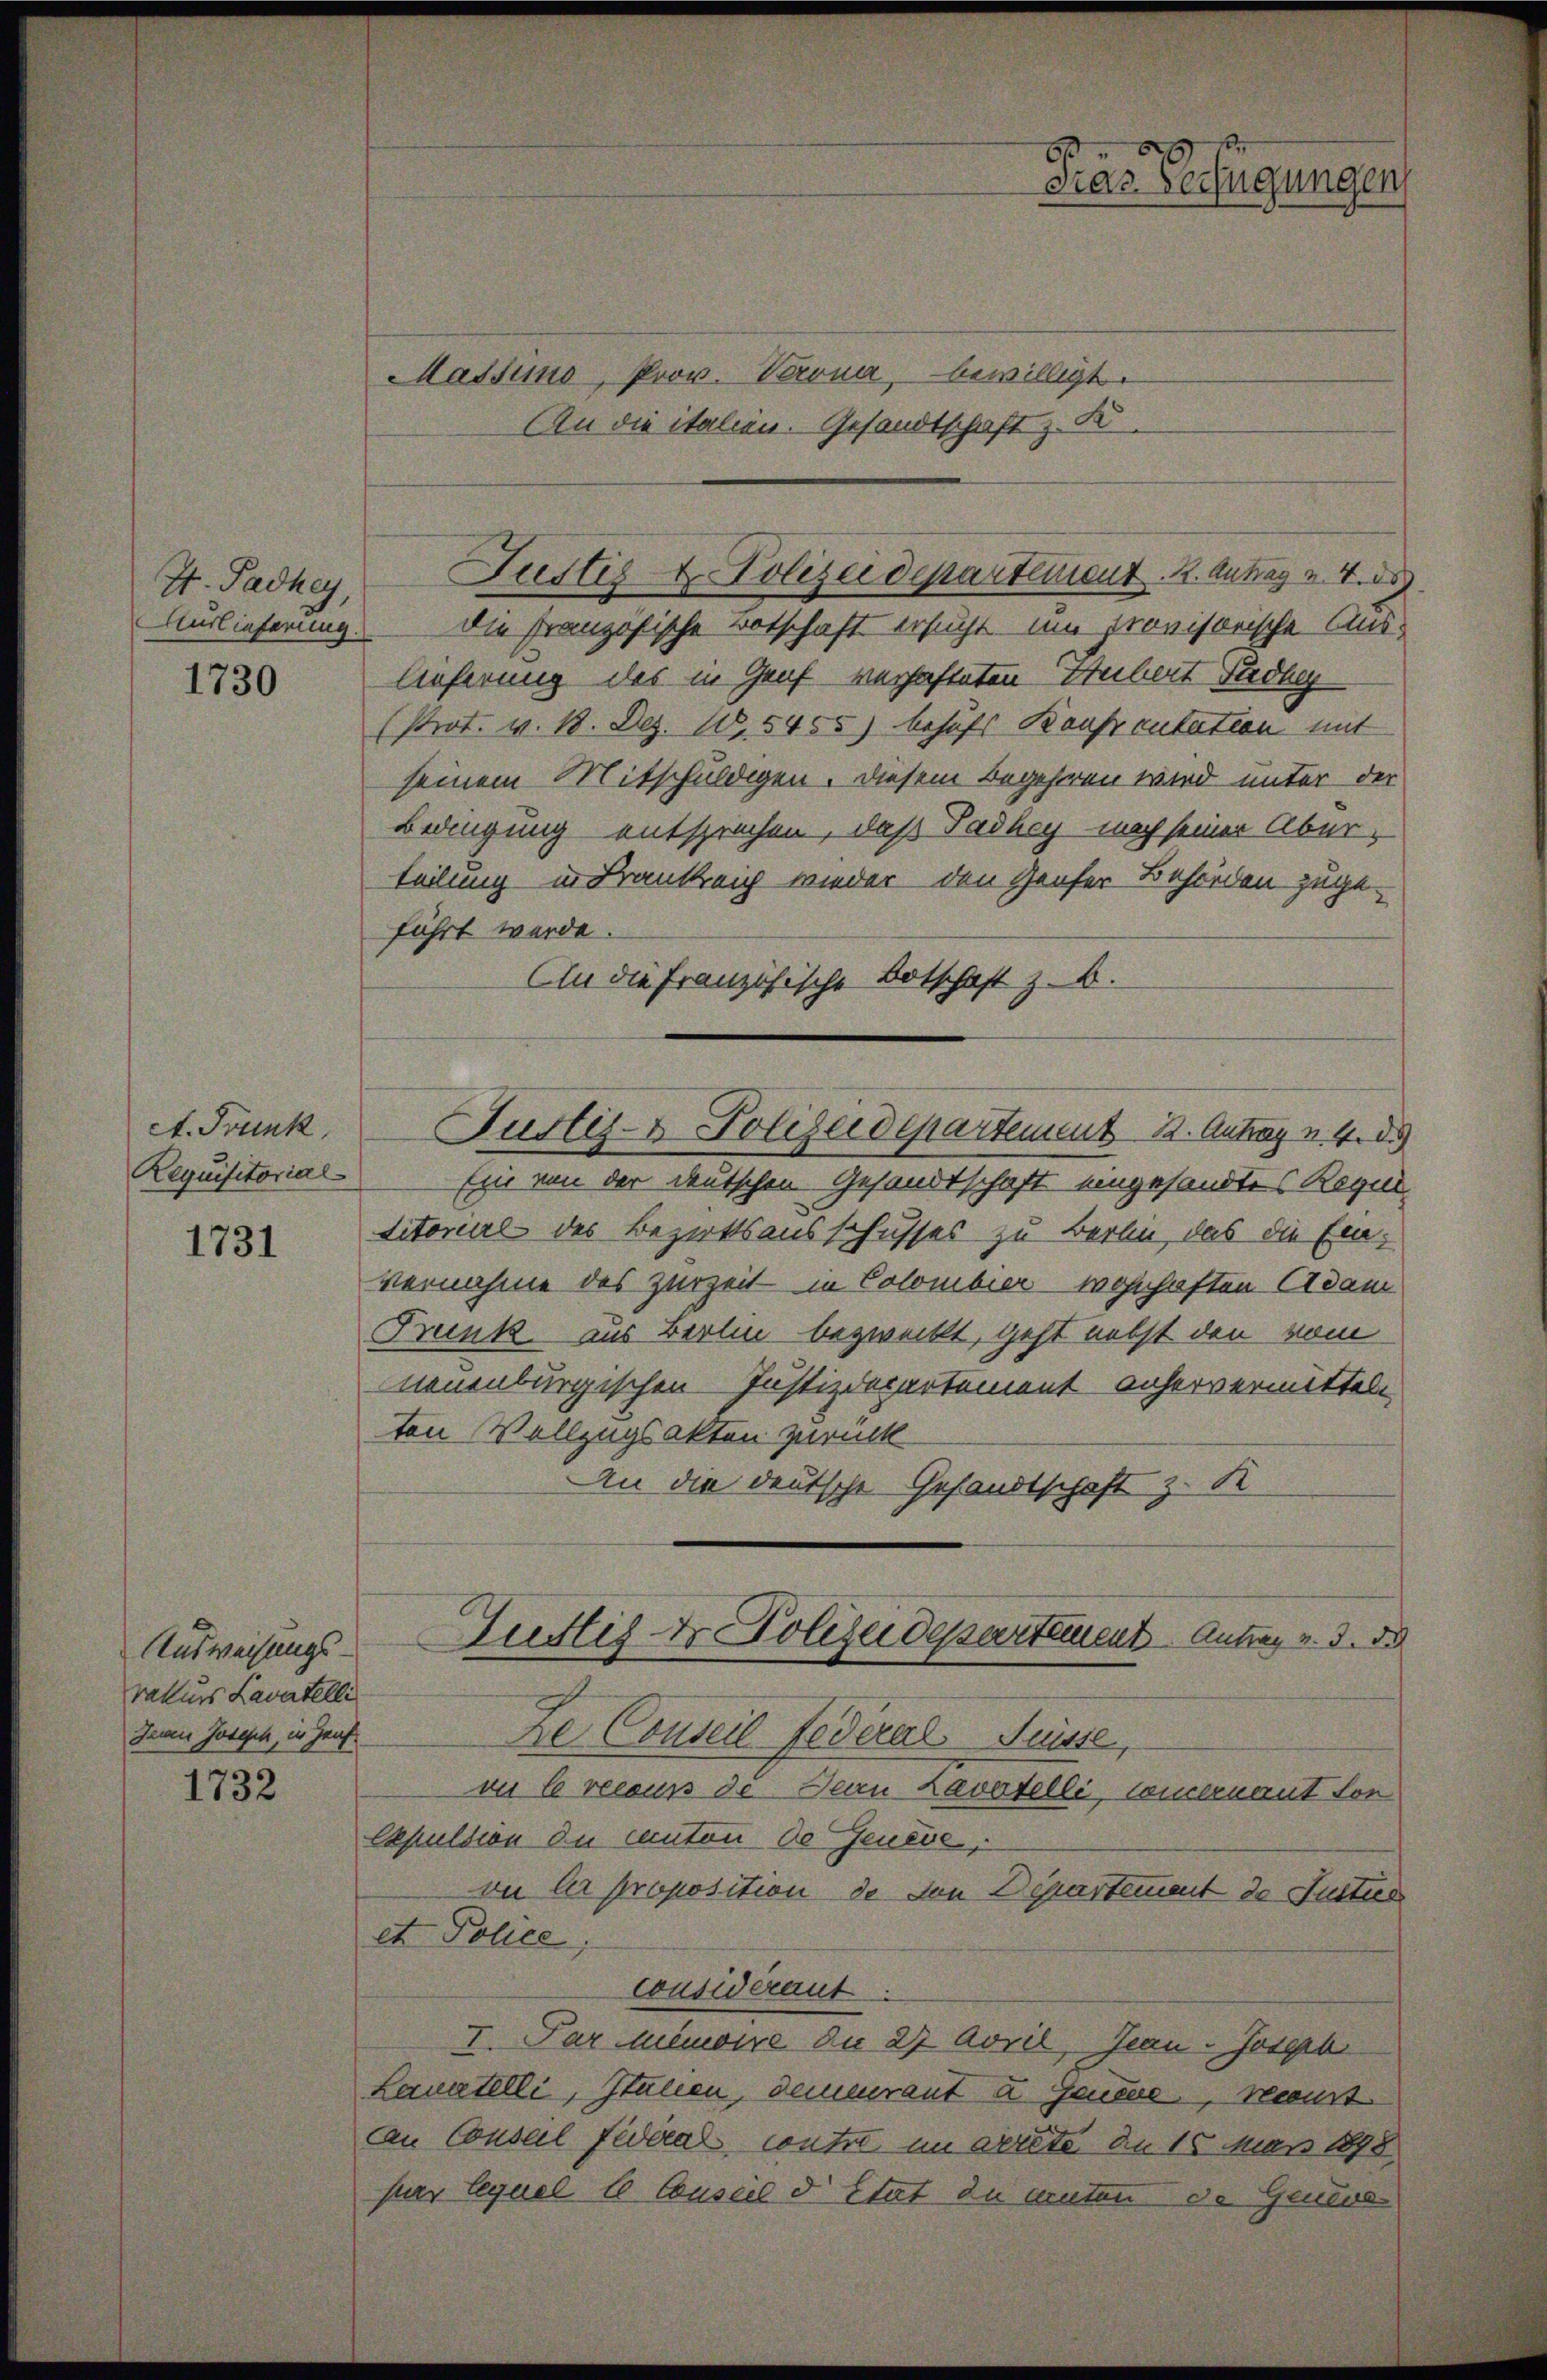
H. Padhey,
Hurtieferung

1730

ct. Frank,
Requisitorial

1731

Ausweisungs-
raturs Lavatelli
Jean Joseph, in Hauf

1732

Massens, Prov. Verona, bewilligt.
An die italien. Gesandtschaft z. K
Die Französische Botschaft ersucht um provisorische Auslieferung des in Genf verhafteten Hubert Stadley
(Prot. v. 18. Dez. 105455) behufs Kauf cutation mit
seinem Mitschuldigen. Diesem Begehren wird unter der
Bedingung entsprechen, daß Padhey nach seiner Überteilung in Krankreich wieder den Genfer Behörden zuge-
führt werde.
An die Französische Botschaft z. B.
Ein von der deutschen Gesandtschaft eingesandtes Regul
titorial des Bezirksausschusses zu Berli, das die Ein-
vernahme des zurzeit in Colombier wohnhaften Adam
Frunk aus Berlin bezweckt, geht nebst den vom
neuenburgischen Justizdepartement unservermitteln
ten Vollzugsakten zurück
An die deutsche Gesandtschaft z. Re
Zustiz- & Polizeidepartement Antrag v. 3. 50
Ze Conseil Federal Suisse,
vu 6 recours de Dein Lavatelli, concernant sor
Expulsion die Canton de Jenese,
on la proposition de den Departement de Justier
et Police
considérant
I. Par minoire du 27 April, Jean Joseph
Lauatelli, Italien, demmerant u Feuere, kant.
An Consul fideal, contro im gerete de 15 März 1898
pier lequel l Conseil d’Etat zu ernten de Genere

Justiz & Polizeidepartement. 2. Antrag v. 4.

Justiz- & Polizeidepartement 2. Antrag v. 4. d.

Pras Verfügungen,